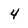
Character: 4